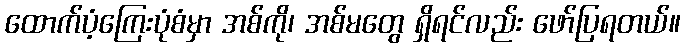
ထောက်ပံ့ကြေးပုံစံမှာ အစ်ကို၊ အစ်မတွေ ရှိရင်လည်း ဖော်ပြရတယ်။